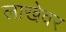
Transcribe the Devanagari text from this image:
लाखेवर